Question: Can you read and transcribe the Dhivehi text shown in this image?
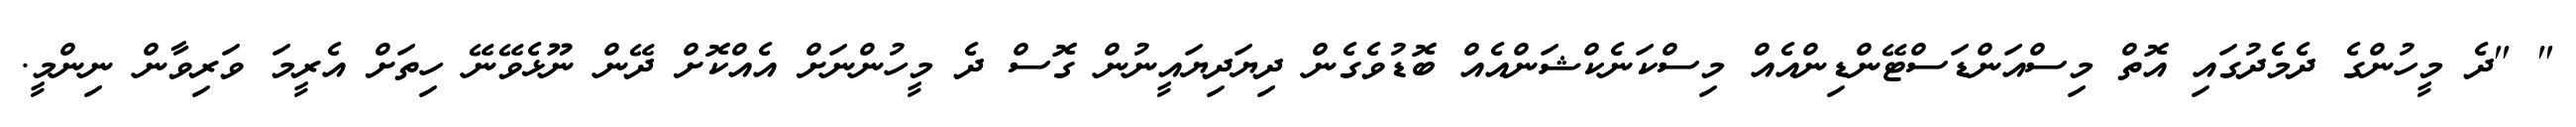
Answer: " "ދެ މީހުންގެ ދެމެދުގައި އޮތް މިސްއަންޑަސްޓޭންޑިންއެއް މިސްކަނެކްޝަންއެއް ބޮޑުވެގެން ދިޔަދިޔައީނުން ގޮސް ދެ މީހުންނަށް އެއްކޮށް ދޭން ނޫޅެވޭނޭ ހިތަށް އެރީމަ ވަރިވާން ނިންމީ.